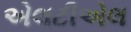
એલટીએલ